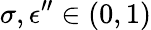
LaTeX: \sigma,\epsilon^{\prime\prime}\in(0,1)